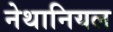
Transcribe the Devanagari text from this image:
नेथानियल